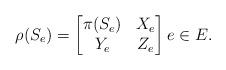
LaTeX: \begin{align*}\rho(S_e)=\begin{bmatrix}\pi(S_e) & X_e\\Y_e & Z_e\end{bmatrix} e\in E.\end{align*}